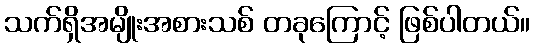
သက်ရှိအမျိုးအစားသစ် တခုကြောင့် ဖြစ်ပါတယ်။